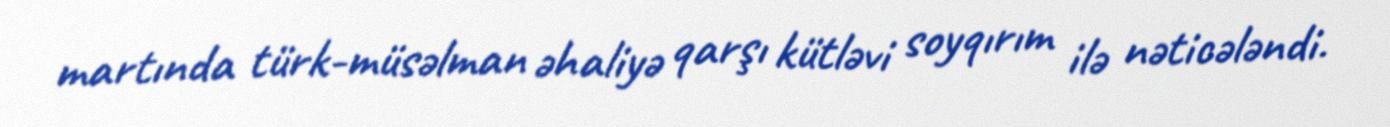
martında türk-müsəlman əhaliyə qarşı kütləvi soyqırım ilə nəticələndi.